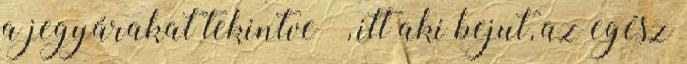
a jegyárakat tekintve –, itt aki bejut, az egész